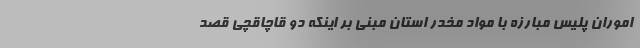
اموران پلیس مبارزه با مواد مخدر استان مبنی بر اینکه دو قاچاقچی قصد